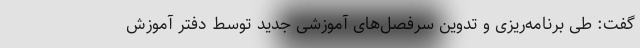
گفت: طی برنامه‌ریزی و تدوین سرفصل‌های آموزشی جدید توسط دفتر آموزش